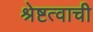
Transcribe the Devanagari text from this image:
श्रेष्टत्वाची